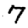
Digit: 7